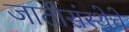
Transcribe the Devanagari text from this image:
जातीसंस्थेचे